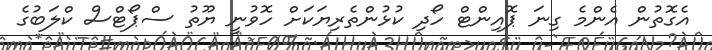
އެގޮތުން އެންމެ ގިނަ ޕޮއިންޓް ހޯދި ކުޅުންތެރިޔަކަށް ހޮވުނީ ޔޫތު ސްޕޯޓްސް ކްލަބުގެ